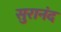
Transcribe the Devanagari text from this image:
सुरानंद